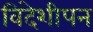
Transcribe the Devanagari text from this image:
विदेशीपन